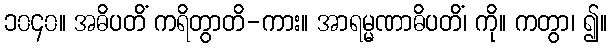
၁၀၄၀။ အဓိပတိံ ကရိတွာတိ-ကား။ အာရမ္မဏာဓိပတိံ၊ ကို။ ကတွာ၊ ၍။